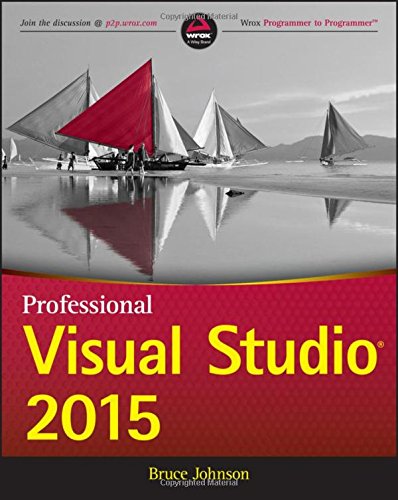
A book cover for Professional Visual Studio 2015; Bruce Johnson; Computers & Technology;